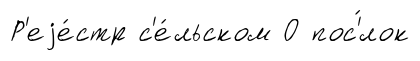
Р'еjе́стр с'е́льском О пос'́лок